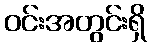
ဝင်းအတွင်းရှိ